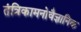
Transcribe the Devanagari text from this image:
तंत्रिकामनोवैज्ञानिक